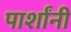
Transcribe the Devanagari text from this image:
पार्शांनी